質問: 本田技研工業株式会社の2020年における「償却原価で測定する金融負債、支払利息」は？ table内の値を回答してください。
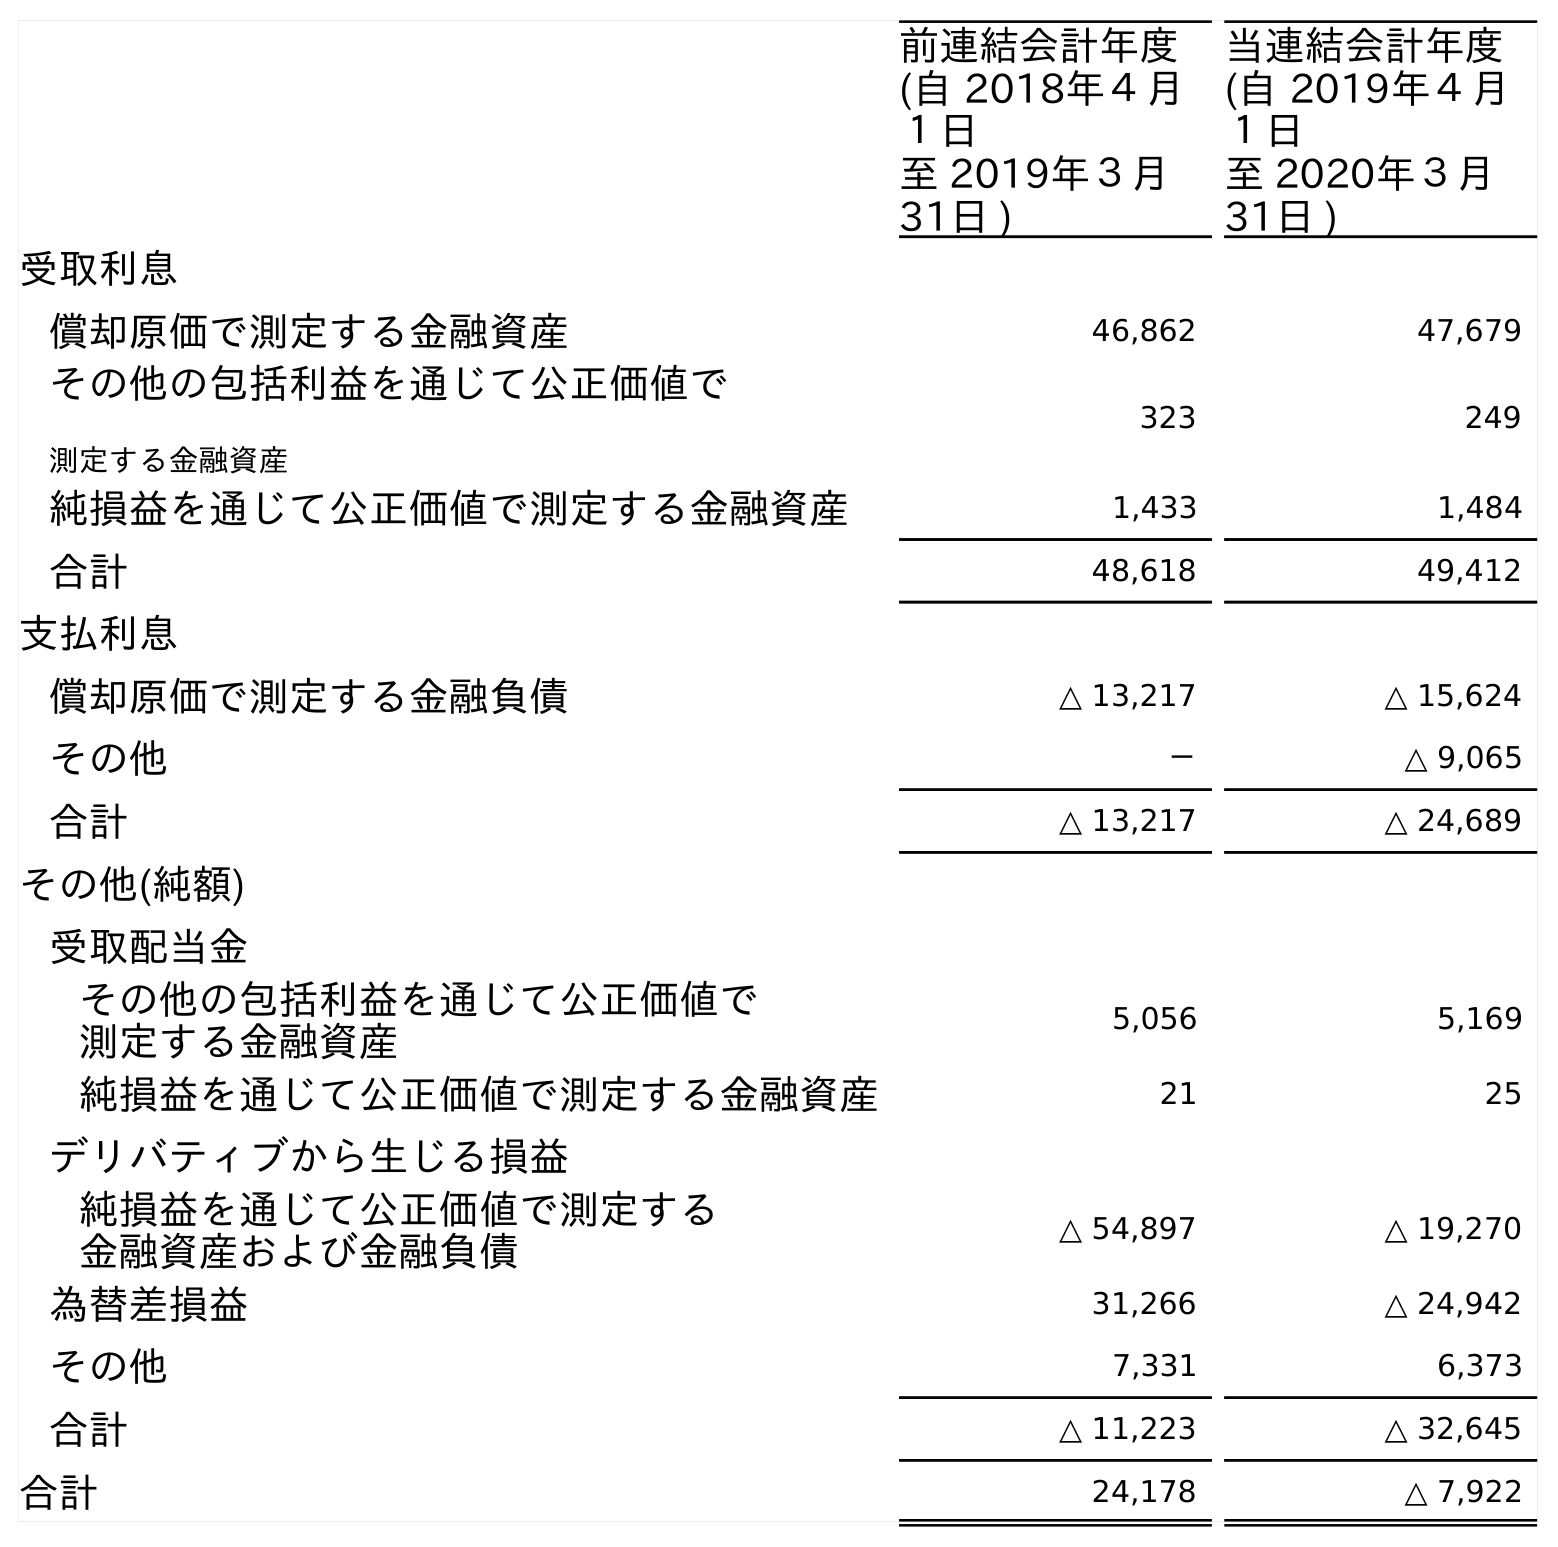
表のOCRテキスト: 前連結会計年度 (自 2018年４月 １日 至 2019年３月 31日 ) 当連結会計年度 (自 2019年４月 １日 至 2020年３月 31日 ) 受取利息 償却原価で測定する金融資産 46,862 47,679 その他の包括利益を通じて公正価値で 測定する金融資産 323 249 純損益を通じて公正価値で測定する金融資産 1,433 1,484 合計 48,618 49,412 支払利息 償却原価で測定する金融負債 △ 13,217 △ 15,624 その他 － △ 9,065 合計 △ 13,217 △ 24,689 その他(純額) 受取配当金 その他の包括利益を通じて公正価値で 測定する金融資産 5,056 5,169 純損益を通じて公正価値で測定する金融資産 21 25 デリバティブから生じる損益 純損益を通じて公正価値で測定する 金融資産および金融負債 △ 54,897 △ 19,270 為替差損益 31,266 △ 24,942 その他 7,331 6,373 合計 △ 11,223 △ 32,645 合計 24,178 △ 7,922
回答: △15,624